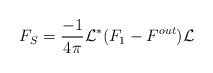
\begin{align*}F_S= \frac{-1}{4\pi} \mathcal L^* (F_1-F^{out}) \mathcal L\end{align*}